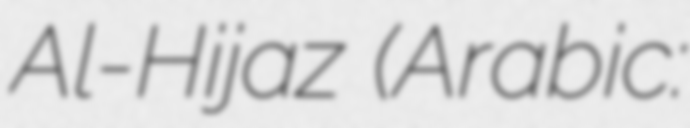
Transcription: Al-Hijaz (Arabic: